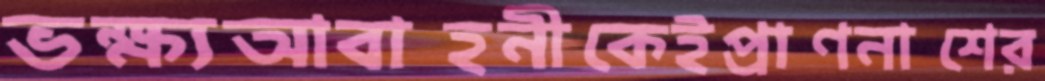
ভক্ষ্যআবাহনীকেইপ্রাণনাশের